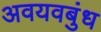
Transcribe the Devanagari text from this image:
अवयवबुंध